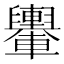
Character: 𨏮